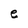
Character: e